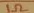
Text: 1Ω